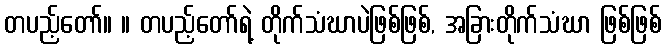
တပည့်တော်။ ။ တပည့်တော်ရဲ့ တိုက်သံဃာပဲဖြစ်ဖြစ်, အခြားတိုက်သံဃာ ဖြစ်ဖြစ်